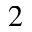
^ 2